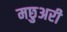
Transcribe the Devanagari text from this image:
मछुअरी